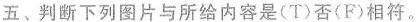
五、判断下列图片与所给内容是(T)否(F)相符.。